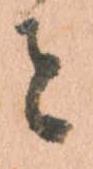
者